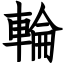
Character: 輪